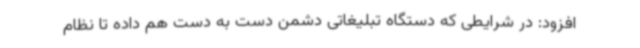
افزود: در شرایطی که دستگاه تبلیغاتی دشمن دست به دست هم داده تا نظام